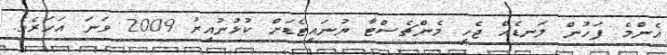
އެންމެ ފަހުން ލަނޑެއް ޖެހީ މެންޗެސްޓާ ޔުނައިޓެޑަށް ކުޅުނުއިރު 2009 ވަނަ އަހަރެވެ.